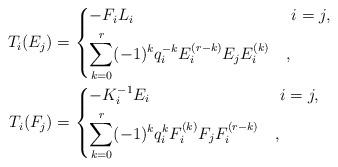
LaTeX: \begin{align*} T_i(E_j)&= \begin{dcases} -F_i L_i & \ i=j,\\ \sum_{k=0}^{r}(-1)^kq_i^{-k}E_i^{(r-k)}E_j E_i^{(k)} & , \end{dcases}\\ T_i(F_j)&= \begin{dcases} -K_i^{-1} E_i & \ i=j,\\ \sum_{k=0}^{r}(-1)^kq_i^kF_i^{(k)}F_j F_i^{(r-k)} & , \end{dcases}\end{align*}